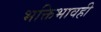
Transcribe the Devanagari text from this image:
भक्तिभावही